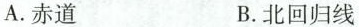
A.赤道 B.北回归线